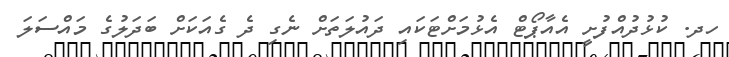
ހދ. ކުޅުދުއްފުށީ އެއާޕޯޓް އެޅުމަށްޓަކައި ދައުލަތަށް ނެގި ދެ ގެއަކަށް ބަދަލުގެ މައްސަލަ